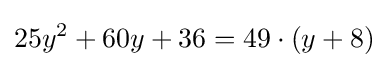
25y^{2}+60y+36=49\cdot (y+8)